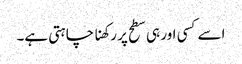
اسے کسی اور ہی سطح پر رکھنا چاہتی ہے۔